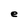
Character: e